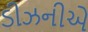
ડીઝનીએ